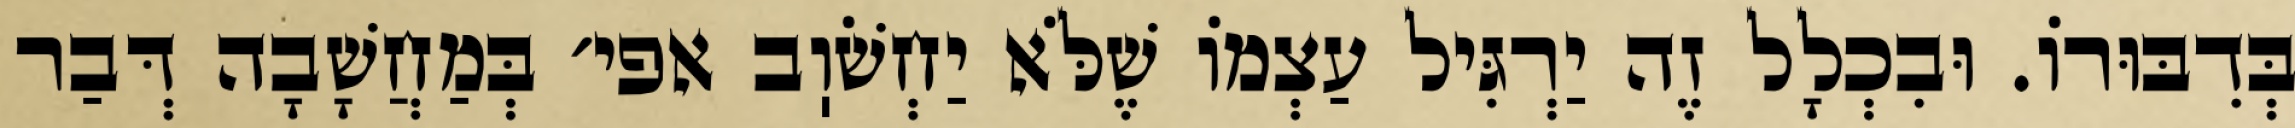
בְּדִבּוּרוֹ. וּבִכְלָל זֶה יַרְגִּיל עַצְמוֹ שֶׁלֹּא יַחְשֹׁוֽב אפי׳ בְּמַחֲשָׁבָה דְּבַר